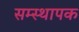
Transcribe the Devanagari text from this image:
सम्स्थापक